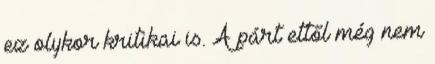
ez olykor kritikai is. A párt ettől még nem